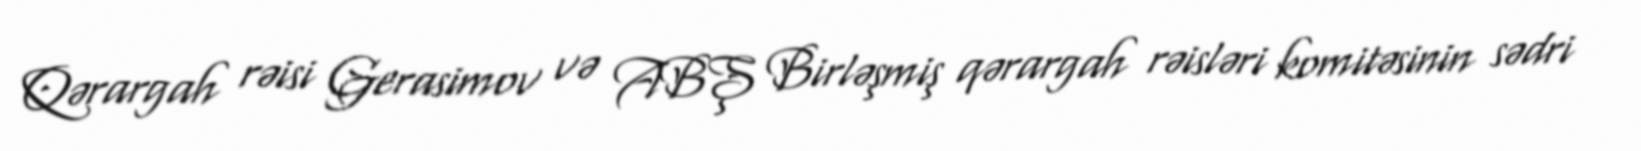
Qərargah rəisi Gerasimov və ABŞ Birləşmiş qərargah rəisləri komitəsinin sədri